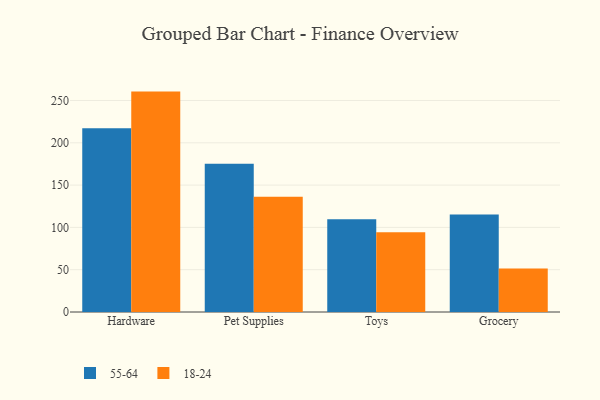
{"axis": {"x": "Category", "y": "Customer Acquisition Cost (USD)"}, "legend": ["18-24", "55-64"], "data": [{"x": "Hardware", "y": 217.1, "type": "55-64"}, {"x": "Hardware", "y": 260.5, "type": "18-24"}, {"x": "Pet Supplies", "y": 175.2, "type": "55-64"}, {"x": "Pet Supplies", "y": 136.2, "type": "18-24"}, {"x": "Toys", "y": 109.7, "type": "55-64"}, {"x": "Toys", "y": 94.4, "type": "18-24"}, {"x": "Grocery", "y": 115.3, "type": "55-64"}, {"x": "Grocery", "y": 51.4, "type": "18-24"}]}